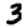
Digit: 3